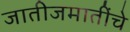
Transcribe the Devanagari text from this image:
जातीजमातींचे